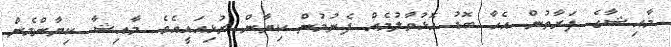
މާއިޝާގެ ފަރާތުން އެހާ ބޮޑު އޮޅުވާލުމެއް ފެނުމުން ކިޔާން ރުޅިއައީއެވެ. މާއިޝާ ކިޔާންމެން